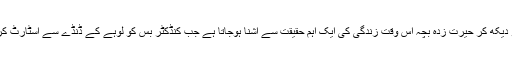
کوہالہ میں بس کو دیکھ کر حیرت زدہ بچہ اس وقت زندگی کی ایک اہم حقیقت سے آشنا ہوجاتا ہے جب کنڈکٹر بس کو لوہے کے ڈنڈے سے اسٹارٹ کرتاہے اورکہتاہے۔